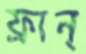
ফ্রান্